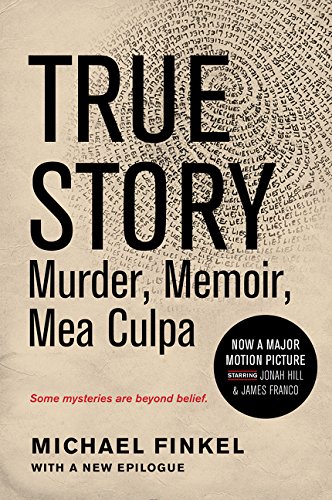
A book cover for True Story tie-in edition: Murder, Memoir, Mea Culpa; Michael Finkel; Biographies & Memoirs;